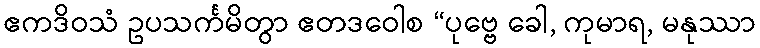
ဧကဒိဝသံ ဥပသင်္ကမိတွာ ဧတဒဝေါစ “ပုဗ္ဗေ ခေါ, ကုမာရ, မနုဿာ